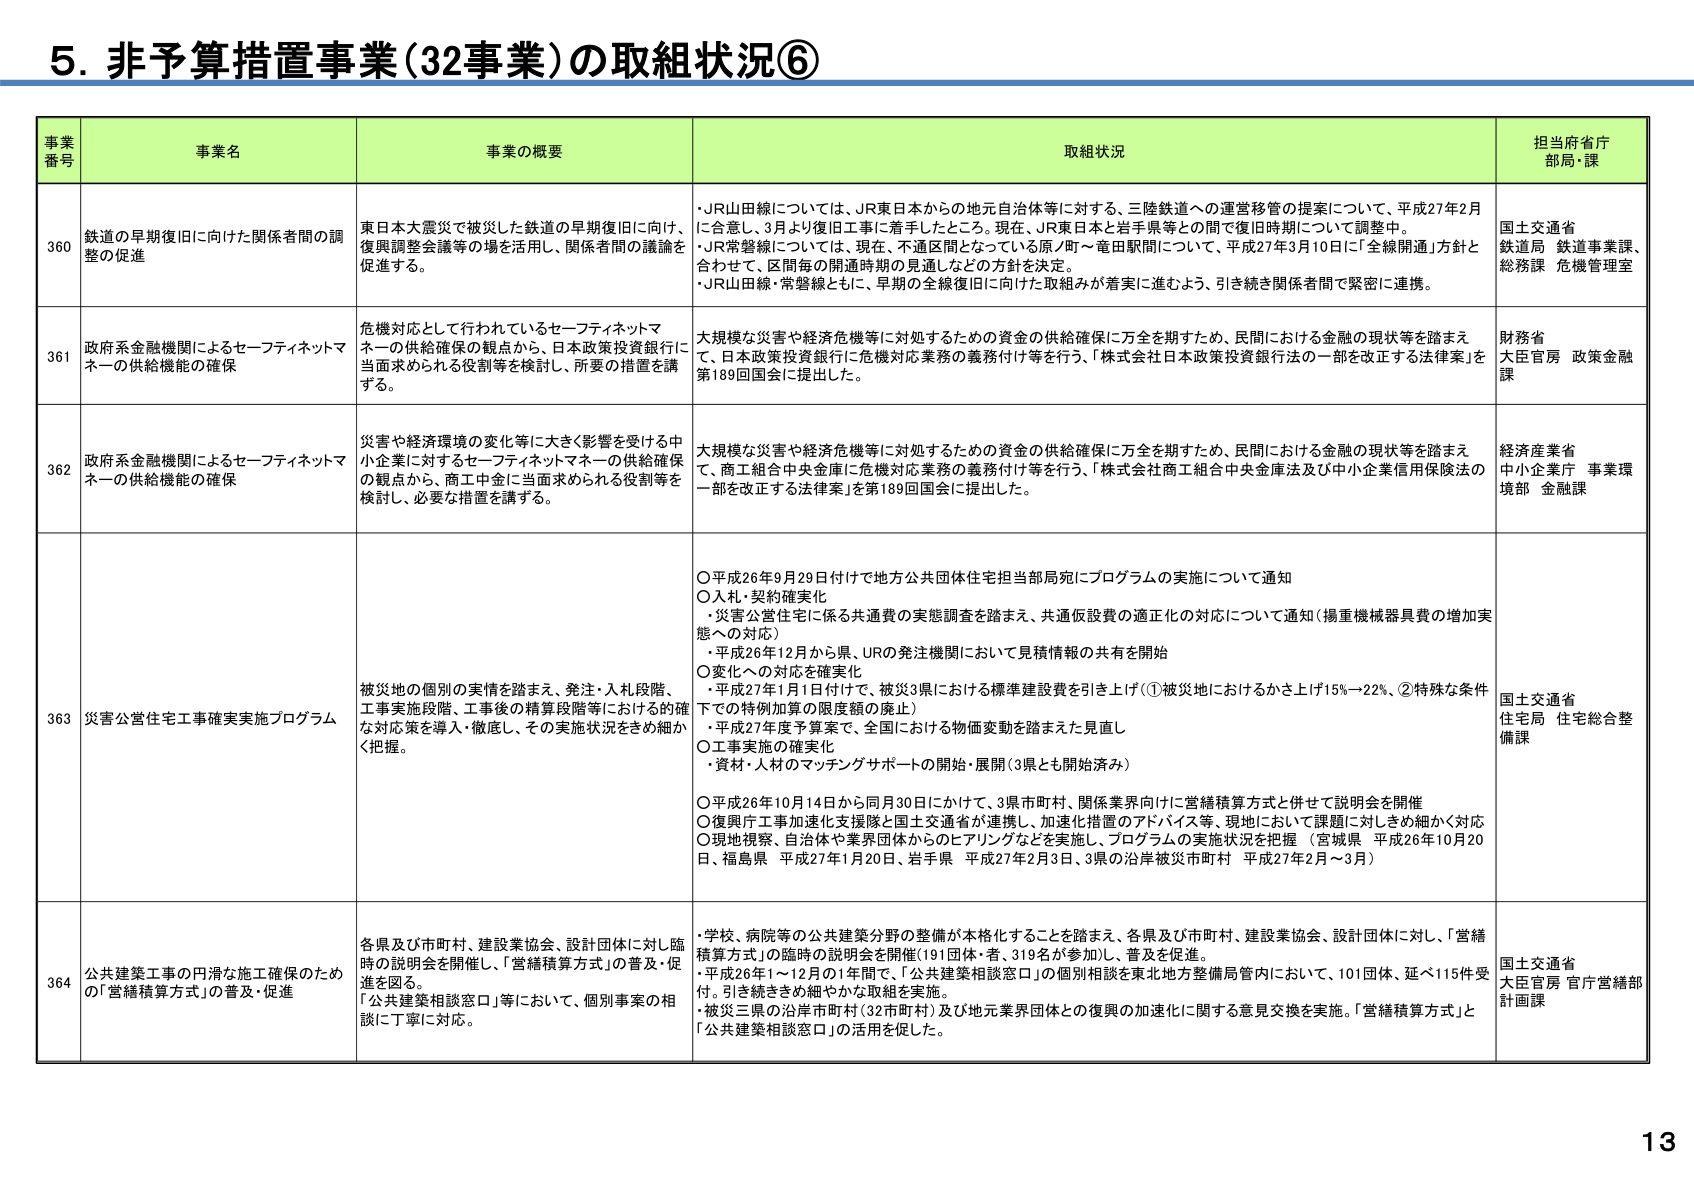
5. 非予算措置事業(32事業)の取組状況⑥

事業番号 事業名 事業の概要 取組状況 担当府省庁部局・課

360 鉄道の早期復旧に向けた関係者間の調整の促進 東日本大震災で被災した鉄道の早期復旧に向け、復興調整会議等の場を活用し、関係者間の議論を促進する。 ・JR山田線については、JR東日本からの地元自治体等に対する、三陸鉄道への運営移管の提案について、平成27年2月に合意し、3月より復旧工事に着手したところ。現在、JR東日本と岩手県等との間で復旧時期について調整中。 ・JR常磐線については、現在、不通区間となっている原/町～竜田駅間について、平成27年3月10日に「全線開通」方針と合わせて、区間毎の開通時期の見通しなどの方針を決定。 ・JR山田線・常磐線ともに、早期の全線復旧に向けた取組みが着実に進むよう、引き続き関係者間で緊密に連携。 国土交通省 鉄道局 鉄道事業課、総務課 危機管理室

361 政府系金融機関によるセーフティネットマネーの供給機能の確保 危機対応として行われているセーフティネットマネーの供給確保の観点から、日本政策投資銀行に当面求められる役割等を検討し、所要の措置を講ずる。 大規模な災害や経済危機等に対処するための資金の供給確保に万全を期すため、民間における金融の現状等を踏まえて、日本政策投資銀行に危機対応業務の義務付け等を行う。「株式会社日本政策投資銀行法の一部を改正する法律案」を第189回国会に提出した。 財務省 大臣官房 政策金融課

362 政府系金融機関によるセーフティネットマネーの供給機能の確保 災害や経済環境の変化等に大きく影響を受ける中小企業に対するセーフティネットマネーの供給確保の観点から、商工中金に当面求められる役割等を検討し、必要な措置を講ずる。 大規模な災害や経済危機等に対処するための資金の供給確保に万全を期すため、民間における金融の現状等を踏まえて、商工組合中央金庫に危機対応業務の義務付け等を行う。「株式会社商工組合中央金庫法及び中小企業信用保険法の一部を改正する法律案」を第189回国会に提出した。 経済産業省 中小企業庁 事業環境部 金融課

363 災害公営住宅工事確実実施プログラム 被災地の個別の実情を踏まえ、発注・入札段階、工事実施段階、工事後の精算段階等における的確な対応策を導入・徹底し、その実施状況をきめ細かく把握。 ○平成26年9月29日付けで地方公共団体住宅担当部局宛にプログラムの実施について通知 ○入札・契約確実化 ・災害公営住宅に係る共通費の実態調査を踏まえ、共通仮設費の適正化の対応について通知（揚重機械器具費の増加実態への対応） ・平成26年12月から県、URの発注機関において見積情報の共有を開始 ○変化への対応を確実化 ・平成27年1月1日付けで、被災3県における標準建設費を引き上げ（①被災地におけるかさ上げ15%～22%、②特殊な条件下での特別加算の限度額の廃止） ・平成27年度予算案で、全国における物価変動を踏まえた見直し ○工事実施の確実化 ・資材・人材のマッチングサポートの開始・展開（3県とも開始済み） ○平成26年10月14日から同月30日にかけて、3県市町村、関係業界向けに営繕積算方式と併せて説明会を開催 ○復興庁工事加速化支援隊と国土交通省が連携し、加速化措置のアドバイス等、現地において課題に対してきめ細かく対応 ○現地視察、自治体や業界団体からのヒアリングなどを実施し、プログラムの実施状況を把握 （宮城県 平成26年10月20日、福島県 平成27年1月20日、岩手県 平成27年2月3日、3県の沿岸被災市町村 平成27年2月～3月） 国土交通省 住宅局 住宅総合整備課

364 公共建築工事の円滑な施工確保のための「営繕積算方式」の普及・促進 各県及び市町村、建設業協会、設計団体に対し臨時の説明会を開催し、「営繕積算方式」の普及・促進を図る。 「公共建築相談窓口」等において、個別事案の相談に丁寧に対応。 ・学校、病院等の公共建築分野の整備が本格化することを踏まえ、各県及び市町村、建設業協会、設計団体に対し、「営繕積算方式」の臨時の説明会を開催（191団体・者、319名が参加し、普及を促進。 ・平成26年1～12月の1年間で、「公共建築相談窓口」の個別相談を東北地方整備局管内において、101団体、延べ115件受付。引き続ききめ細やかな取組を実施。 ・被災三県の沿岸市町村（32市町村）及び地元業界団体との復興の加速化に関する意見交換を実施。「営繕積算方式」と「公共建築相談窓口」の活用を促した。 国土交通省 大臣官房 官庁営繕部 計画課

13